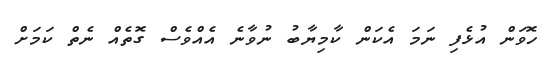
ހޮވަން އުޅެފި ނަމަ އެކަން ކާމިޔާބު ނުވާނެ އެއްވެސް ގޮތެއް ނެތް ކަމަށް